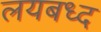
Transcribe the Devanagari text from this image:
लयबध्द